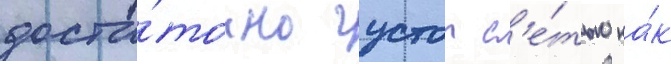
доста́точно густои с'е́тью ка́к